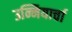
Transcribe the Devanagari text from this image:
उन्नियार्चा